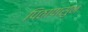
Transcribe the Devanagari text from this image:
पिठापासुन